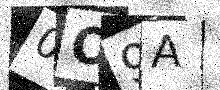
Text: 0O9A